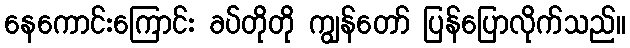
နေကောင်းကြောင်း ခပ်တိုတို ကျွန်တော် ပြန်ပြောလိုက်သည်။